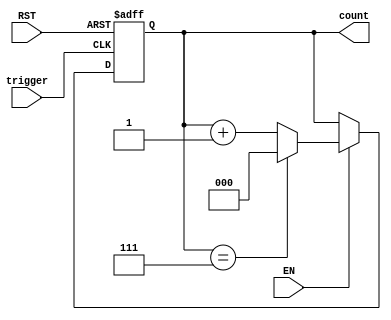
module mod_n_async_counter (
    input wire EN,      // Enable signal
    input wire RST,     // Reset signal
    input wire trigger, // Trigger signal for counting
    output reg [2:0] count // 3-bit output for Mod-8 counter
);

    // Asynchronous reset and counting logic
    always @(posedge trigger or posedge RST) begin
        if (RST) begin
            count <= 3'b000; // Reset count to 0
        end else if (EN) begin
            if (count == 3'b111) begin
                count <= 3'b000; // Reset to 0 when count reaches 8
            end else begin
                count <= count + 1; // Increment count
            end
        end
    end

endmodule